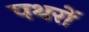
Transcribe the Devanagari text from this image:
पथरों